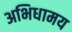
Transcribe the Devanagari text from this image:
अभिधामय